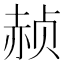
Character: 赪